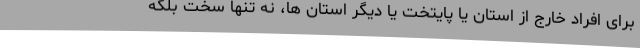
برای افراد خارج از استان یا پایتخت یا دیگر استان ها، نه تنها سخت بلکه